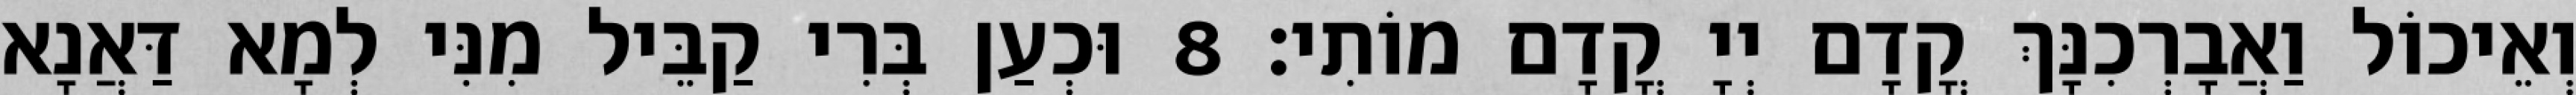
וְאֵיכוֹל וַאֲבָרְכִנָּךְ קֳדָם יְיָ קֳדָם מוֹתִי׃ 8 וּכְעַן בְּרִי קַבֵּיל מִנִּי לְמָא דַּאֲנָא